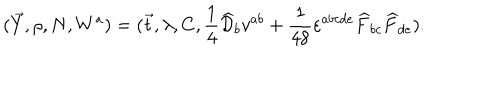
LaTeX: ( \vec { Y } , \rho , N , W ^ { a } ) = ( \vec { t } , \lambda , C , \frac { 1 } { 4 } \widehat { \cal D } _ { b } v ^ { a b } + \frac { 1 } { 4 8 } \varepsilon ^ { a b c d e } \widehat { F } _ { b c } \widehat { F } _ { d e } ) .